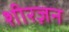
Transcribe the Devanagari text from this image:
शीरज़न